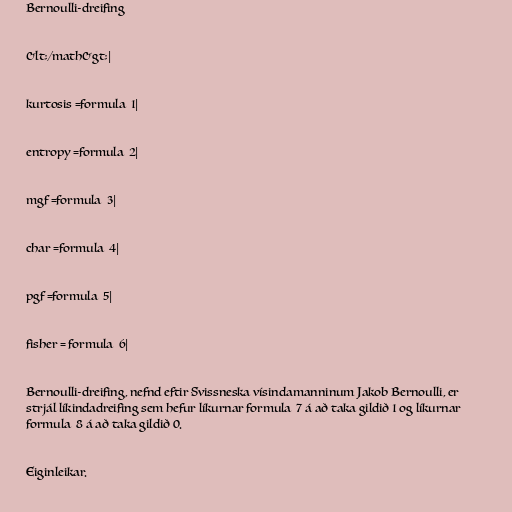
Bernoulli-dreifing

&lt;/math&gt;|

kurtosis =formula_1|

entropy =formula_2|

mgf =formula_3|

char =formula_4|

pgf =formula_5|

fisher = formula_6|

Bernoulli-dreifing, nefnd eftir Svissneska vísindamanninum Jakob Bernoulli, er
strjál líkindadreifing sem hefur líkurnar formula_7 á að taka gildið 1 og líkurnar
formula_8 á að taka gildið 0.

Eiginleikar.